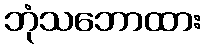
ဘုံသဘောထား